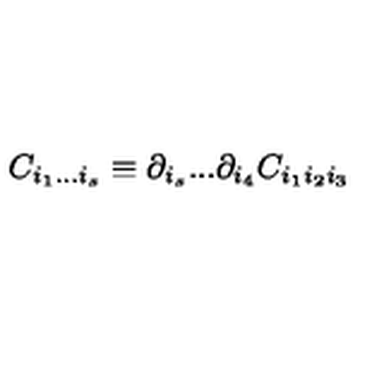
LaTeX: C _ { i _ { 1 } . . . i _ { s } } \equiv \partial _ { i _ { s } } . . . \partial _ { i _ { 4 } } C _ { i _ { 1 } i _ { 2 } i _ { 3 } }